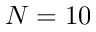
N = 1 0